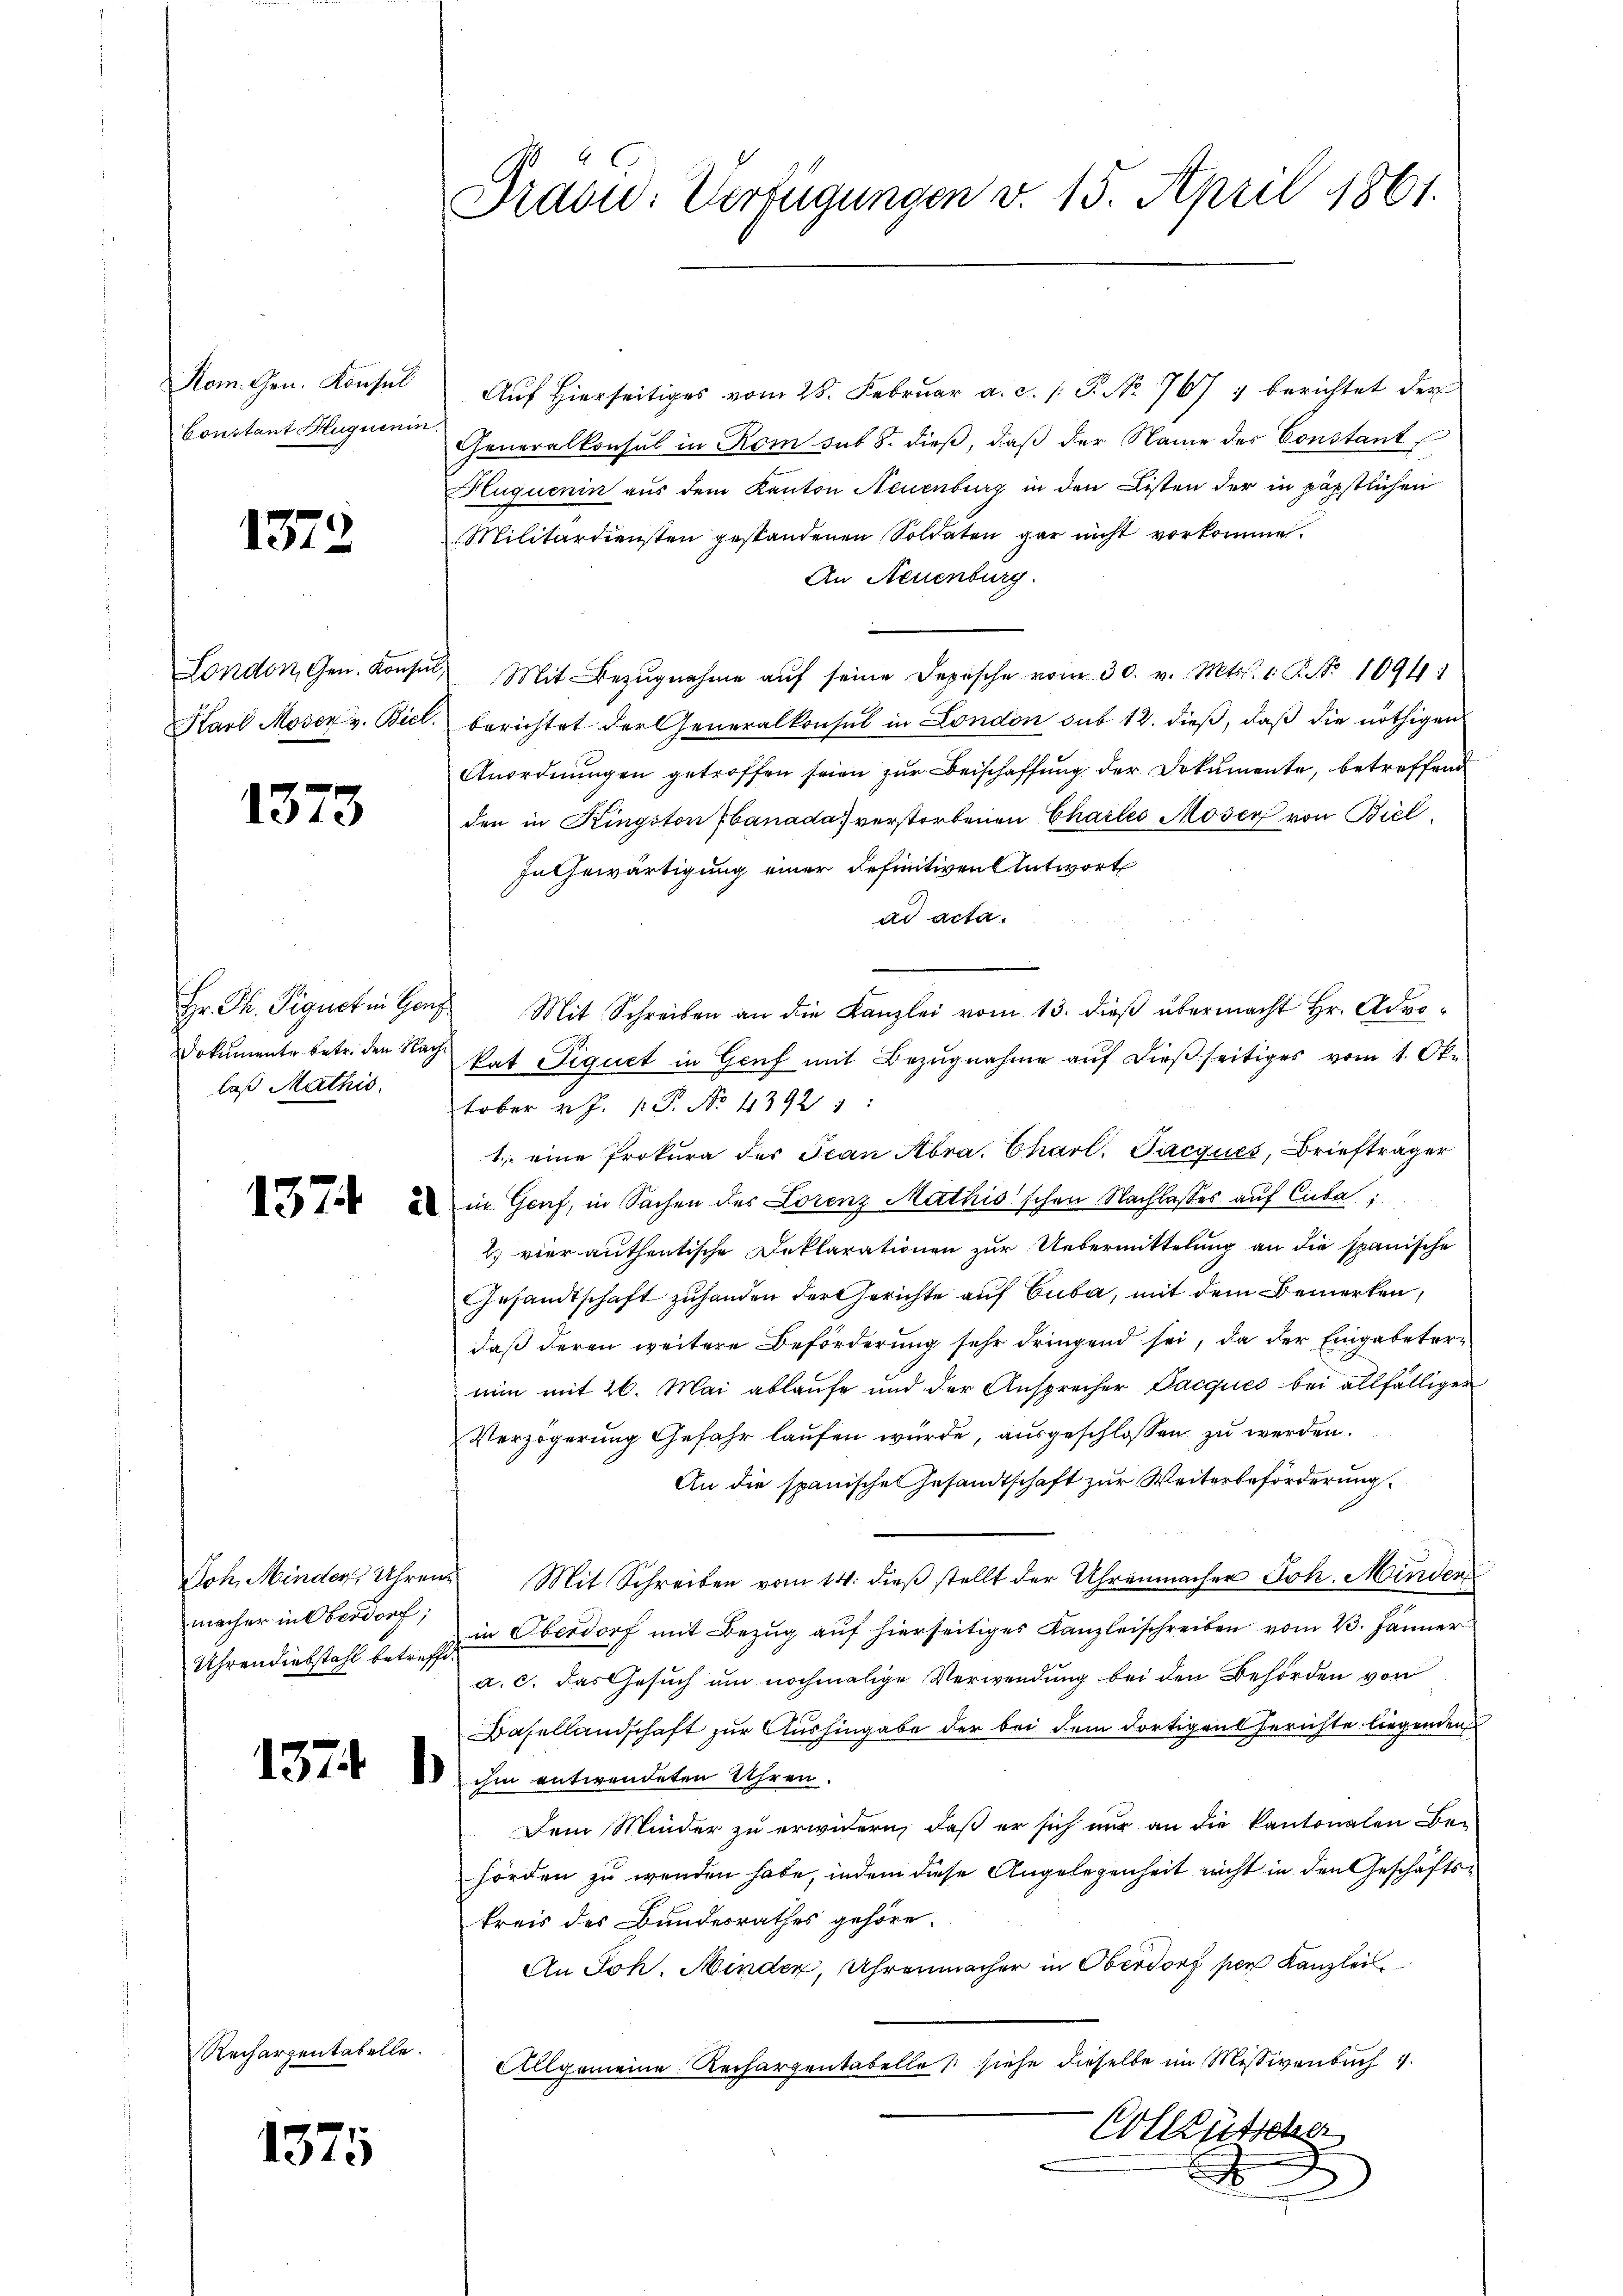
Kom. Gen. Konsul
Constant Hugnenin

1372

1373

Hr. Ph. Piquot in Ganz
daß Mathis

137

macher in Oberdorf;
Uhrendiebstahl betreffe

174

1375

Rechargentabelle.

Präsid.: Verfügungen v. 15. April 1861.

Auf hierseitiges vom 28. Februar a. c. /: P. No 767 ; berichtet der
2
Generalkonsul in Rom sub 8. dieß, daß der Name der Constant
Huquenin aus dem Kanton Neuenburg in den Listen der in päpstlichen
Militärdiensten gestandenen Soldaten gar nicht vorkommen.
An Neuenburg.
London, Gen. Konsŭl, Mit Bezŭgnahme aŭf seine Depische vom 30. v. Mts. 1. P. Nr. 10941
Karl Moser v. Biel. berichtet der Generalkonsul in London sub 12. dieß, daß die nöthigen
Anordnungen getroffen seien zur Beischaffung der Dokumente, betreffend
den in Kingston banada) verstorbenen Charles Moser von Biel
In Gewärtigung einer definitiven Antwort
ad acta.
Mit Schreiben an die Kanzlei vom 13. dieß übermacht Hr. Advo¬
Dokumente betr. den Nach kat Pignet in Genf mit Bezŭgnahme aŭf dießseitiges vom 1. Ok
tober v. J. 1: P. No. 43921:
1. eine Prokura des Jean Abra. Charl. Jacqués, Briefträger
in Genf, in Sachen des Lorenz Mathis schon Nachlasses auf Cuba
2. vier authentische Deklarationen zur Uebermittelung an die spanische
Gesandtschaft zuhanden der Gerichte auf Cuba, mit dem Bemerken,
daß deren weitere Beförderung sehr dringend sei, da der Eingabeternun mit 26. Mai ablaufe und der Ansprecher Pacques bei allfälliger
Verzögerung Gefahr laufen würde, ausgeschlossen zu werden.
An die spanische Gesandtschaft zur Weiterbeförderung
Joh. Minder Uhren Mit Schreiben vom 14. dieß stellt der Uhrenmacher Joh. Minden
in Oberdorf mit Bezug auf hierseitiges Kanzleischreiben vom 23. Jänner
a. c. das Gesuch um nochmalige Verwendung bei den Behörden von
Basellandschaft zur Aushingabe der bei dem dortigen Berichte liegenden
 ihm entwendeten Uhren.
Dem Minder zu erwidern, daß er sich nur an die kantonalen Behörden zu wenden habe, indem diese Angelegenheit nicht in den Geschäftskreis des Bundesrathes gehöre.
An Joh. Minder, Uhrenmacher in Oberdorf per Kanzlei
Allgemeine Rechargentabelle (siehe dieselbe im Missivenbach
Colleütscher
x
2